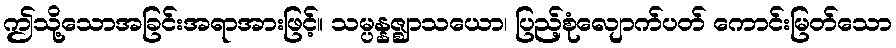
ဤသို့သောအခြင်းအရာအားဖြင့်။ သမ္ပန္နဇ္ဈာသယော၊ ပြည့်စုံလျောက်ပတ် ကောင်းမြတ်သော